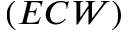
( E C W )